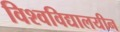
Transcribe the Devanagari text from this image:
विश्‍वविद्यालयीन